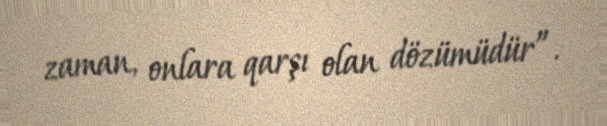
zaman, onlara qarşı olan dözümüdür”.